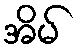
အိမ်